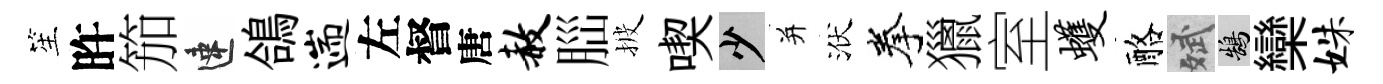
笙旿笳速鴿遄左督唐赦𦛁披喫少并洑拳獵室蠖酪斌鵠欒姝